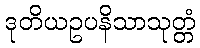
ဒုတိယဥပနိသာသုတ္တံ